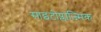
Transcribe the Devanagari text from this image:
साइटोप्लाज्मिक